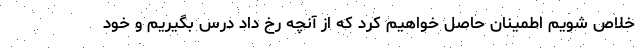
خلاص شویم اطمینان حاصل خواهیم کرد که از آنچه رخ داد درس بگیریم و خود